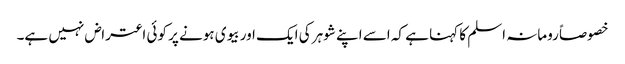
خصوصاً رومانہ اسلم کا کہنا ہے کہ اسے اپنے شوہر کی ایک اور بیوی ہونے پر کوئی اعتراض نہیں ہے۔